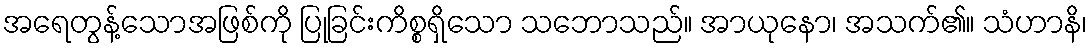
အရေတွန့်သောအဖြစ်ကို ပြုခြင်းကိစ္စရှိသော သဘောသည်။ အာယုနော၊ အသက်၏။ သံဟာနိ၊